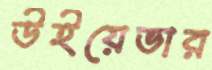
উইয়েভার